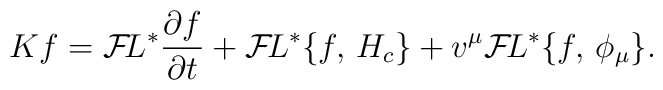
K f = {\cal F}\!L^*{\partial f \over \partial t} + {\cal F}\!L^* \{f,\,H_c \} + v^\mu {\cal F}\!L^*\{f,\, \phi_\mu \}. \\